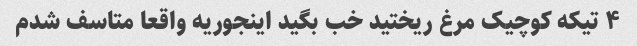
۴ تیکه کوچیک مرغ ریختید خب بگید اینجوریه واقعا متاسف شدم